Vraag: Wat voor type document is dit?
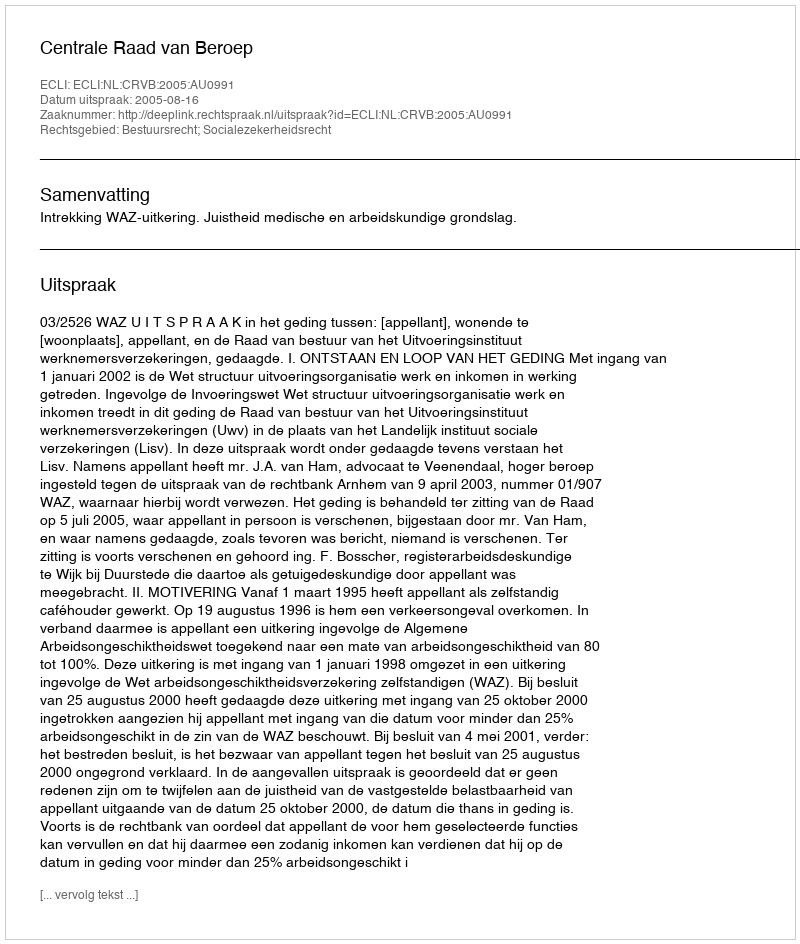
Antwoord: Uitspraak